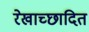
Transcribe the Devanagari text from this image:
रेखाच्छादित